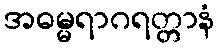
အဓမ္မရာဂရတ္တာနံ